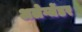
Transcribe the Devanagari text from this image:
अलेग्जेंडर